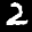
Label: 2